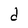
Character: d